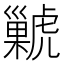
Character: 𧈊